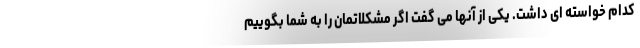
کدام خواسته ای داشت. یکی از آنها می گفت اگر مشکلاتمان را به شما بگوییم